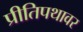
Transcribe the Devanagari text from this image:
प्रीतिपथावर